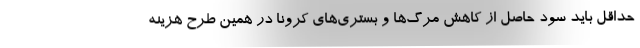
حداقل باید سود حاصل از کاهش مرگ‌ها و بستری‌های کرونا در همین طرح هزینه